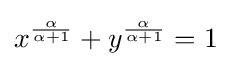
x^{\frac {\alpha }{\alpha +1}}+y^{\frac {\alpha }{\alpha +1}}=1